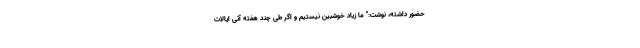
حضور داشته، نوشت:" ما زیاد خوشبین نیستیم و اگر طی چند هفته آتی ایالات